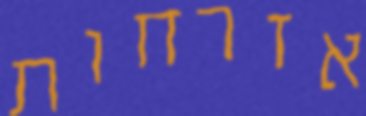
אזרחות